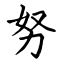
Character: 努